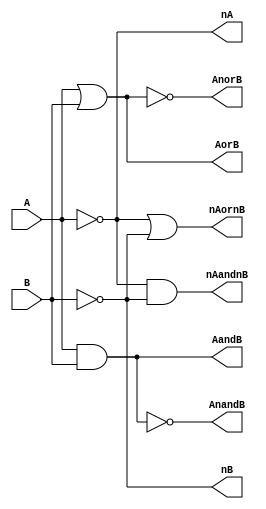
module demorgan
(
  input  A,          // Single bit inputs
  input  B,
  output nA,         // Output intermediate complemented inputs
  output nB,
  output nAandnB,    // Single bit output, (~A)*(~B)
  output nAornB,     // Single bit output, (~A)+(~B)
  output AandB,      // Output intermediate combined inputs
  output AorB,
  output AnandB,     // Single bit output, ~(A*B)
  output AnorB       // Single bit output, ~(A+B)
);

  wire nA;
  wire nB;
  wire AandB;
  wire AorB;
  not  Ainv(nA, A);  	// Intermediate, inverter takes signal A as input and produces signal nA
  not  Binv(nB, B);	// Intermediate, inverter takes signal B as input and produces signal nB
  and  andgate(nAandnB, nA, nB); 	// AND gate produces nAandnB from nA and nB
  or   orgate(nAornB, nA, nB);		// OR gate produces nAornB from nA and nB
  and  andgate(AandB, A, B);		// Intermediate, AND gate produces AandB from A and B
  or   orgate(AorB, A, B);		// Intermediate, OR gate produces AorB from A and B
  nand nandgate(AnandB, A, B);		// NAND gate produces AnandB from A and B
  nor  norgate(AnorB, A, B);		// NOR gate produces AnorB from A and B

endmodule